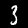
Label: 3